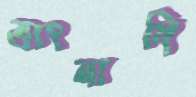
ভাংনাদি